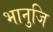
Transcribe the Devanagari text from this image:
भानुजि